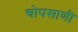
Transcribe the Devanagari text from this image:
चोपसाणी